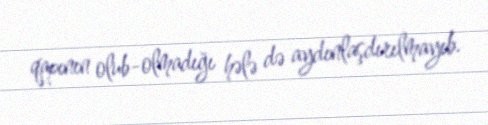
qapının olub-olmadığı hələ də aydınlaşdırılmayıb.